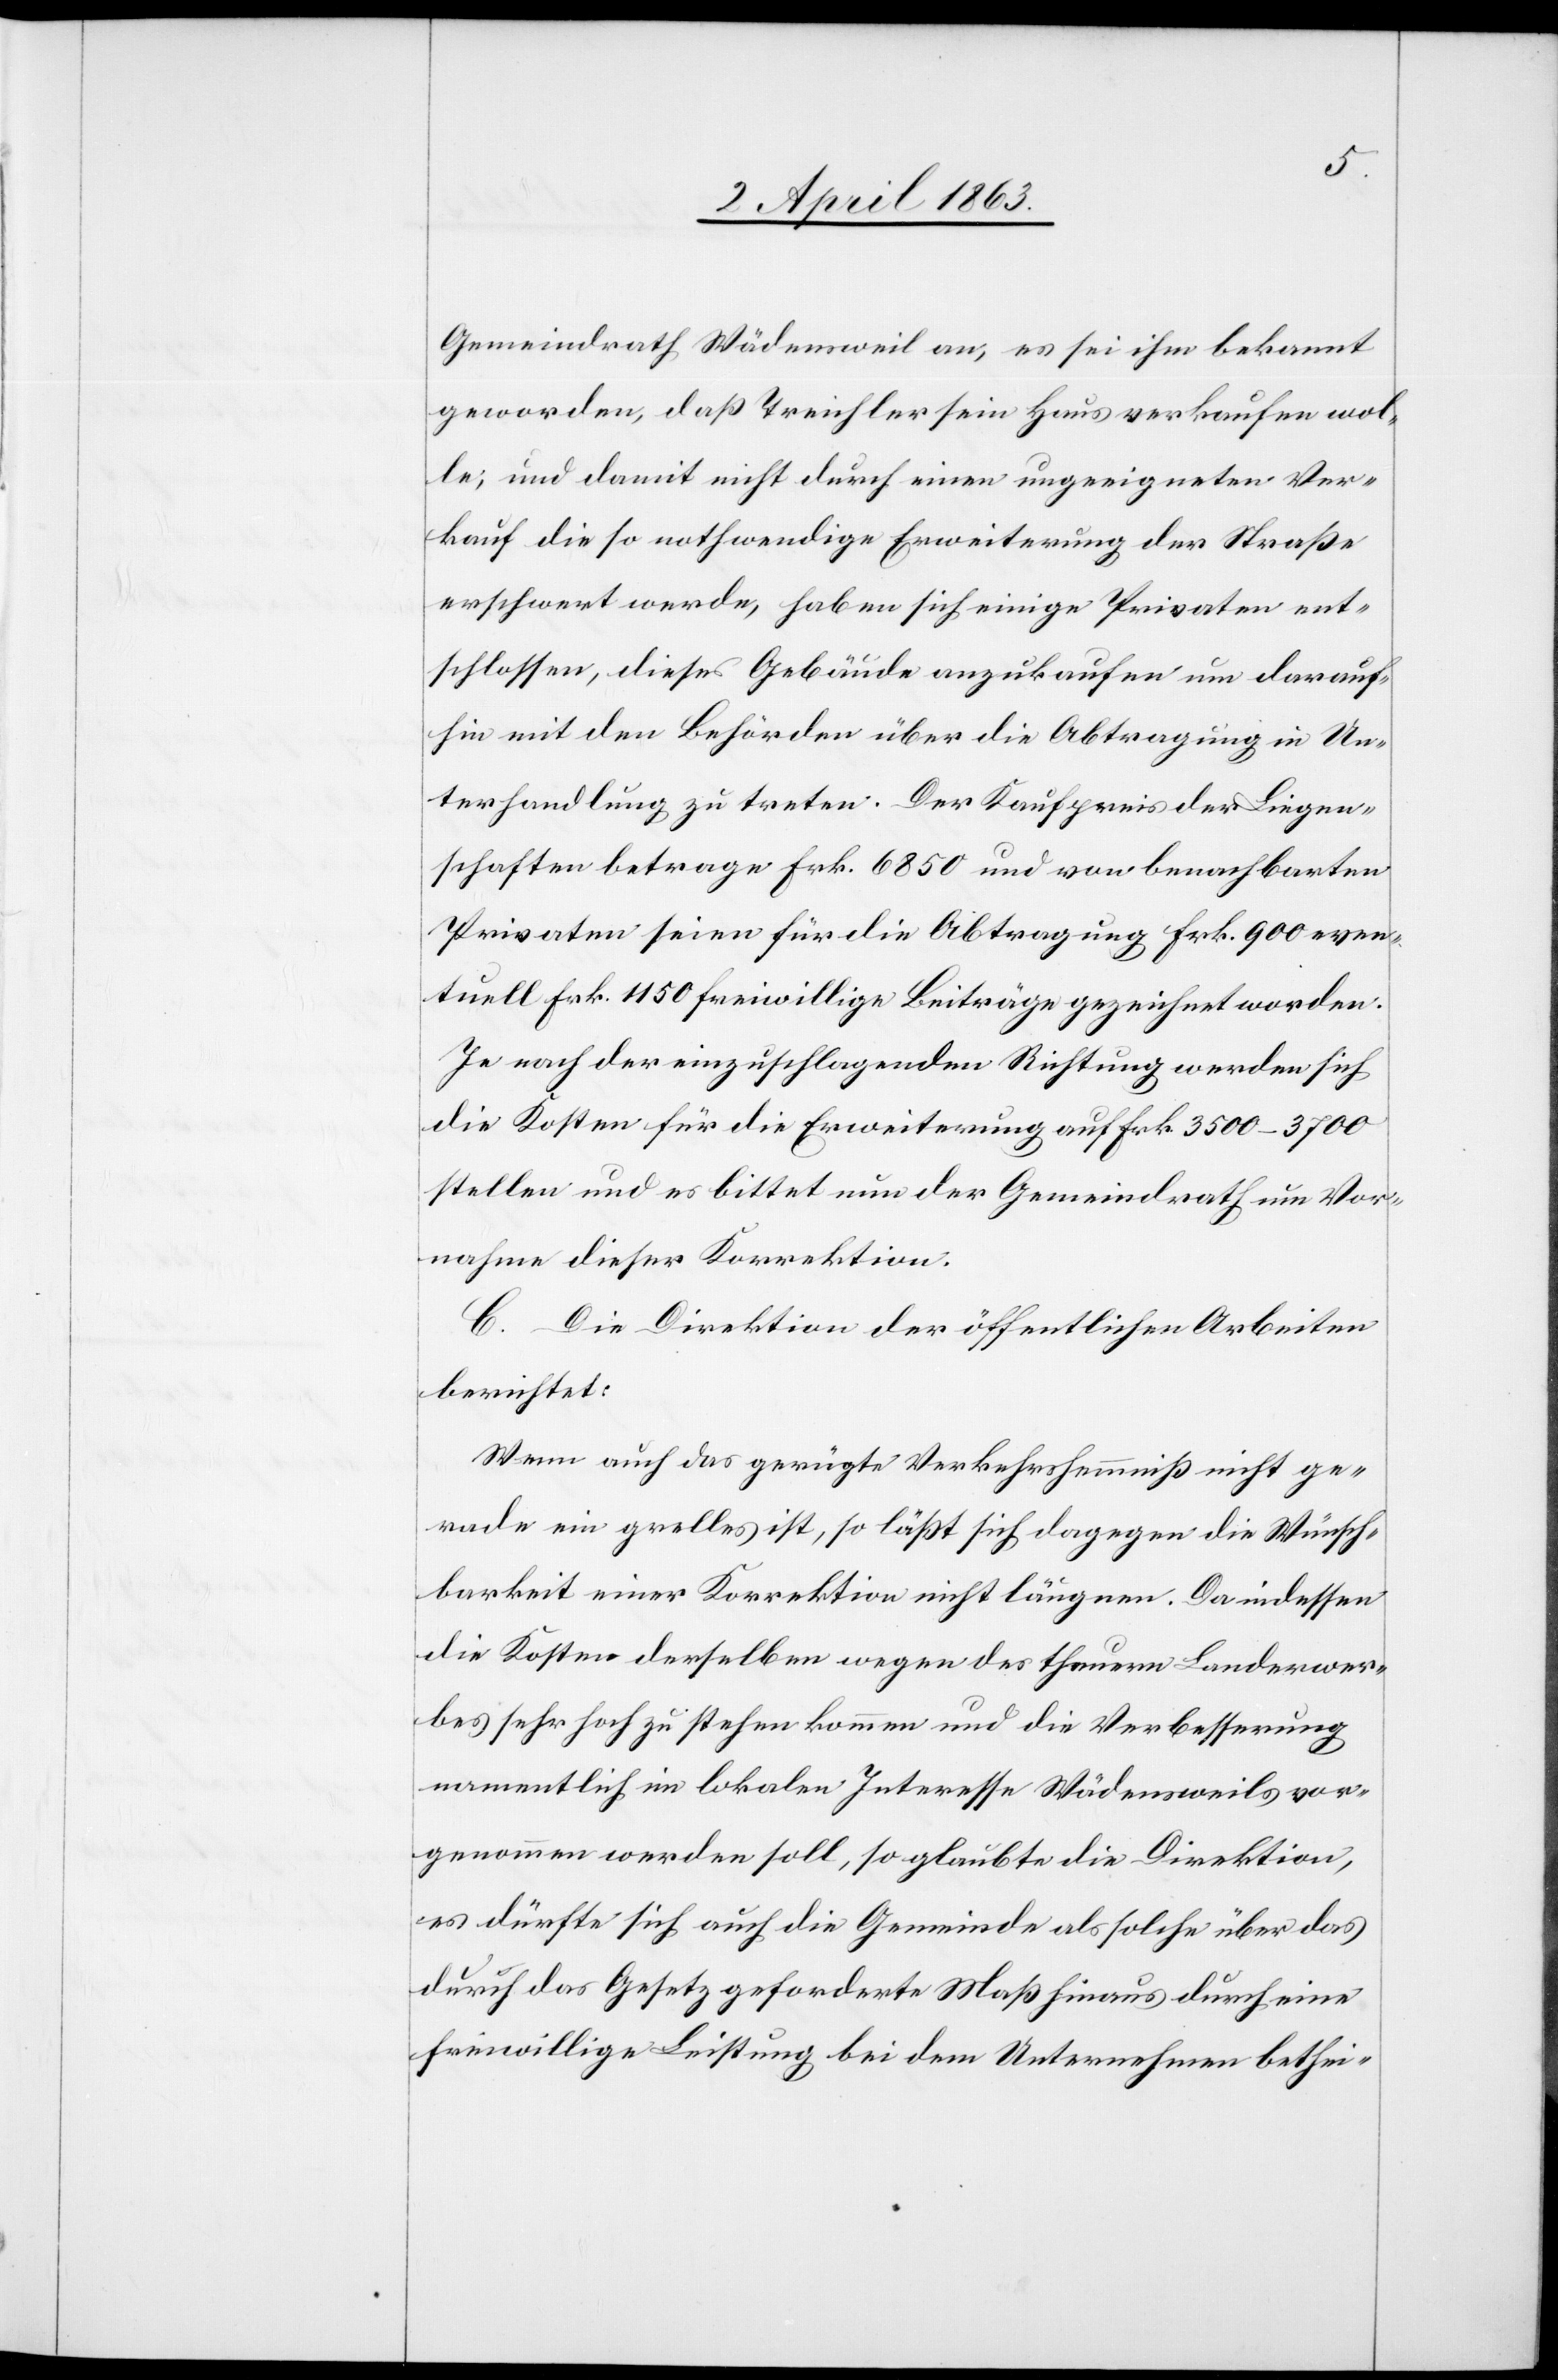
Gemeindrath Wädensweil an, es sei ihm bekannt
geworden, daß Treichler sein Haus verkaufen wol¬
le, und damit nicht durch einen ungeeigneten Ver¬
kauf die so nothwendige Erweiterung der Straße
erschwert werde, haben sich einige Privaten ent¬
schlossen, dieses Gebäude anzukaufen um darauf¬
hin mit den Behörden über die Abtragung in Un¬
terhandlung zu treten. Der Kaufpreis der Liegen¬
schaften betrage Frk. 6850 und von benachbarten
Privaten seien für die Abtragung Frk. 900 even¬
tuell Frk. 1150 freiwillige Beiträge gezeichnet worden.
Je nach der einzuschlagenden Richtung werden sich
die Kosten für die Erweiterung auf Frk. 3500–3700
stellen und es bittet nun der Gemeindrath um Vor¬
nahme dieser Korrektion.
C. Die Direktion der öffentlichen Arbeiten
berichtet:
Wenn auch das gerügte Verkehrshemmniß nicht ge¬
rade ein grelles ist, so läßt sich dagegen die Wünsch¬
barkeit einer Korrektion nicht läugnen. Da indessen
die Kosten derselben wegen des theuern Landerwer¬
bes sehr hoch zu stehen kommen und die Verbesserung
namentlich im lokalen Interesse Wädensweils vor¬
genommen werden soll, so glaubte die Direktion,
es dürfte sich auch die Gemeinde als solche über das
durch das Gesetz geforderte Maß hinaus durch eine
freiwillige Leistung bei dem Unternehmen bethei-